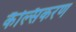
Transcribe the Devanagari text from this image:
कैल्सिकरण